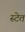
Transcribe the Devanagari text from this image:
स्टेत